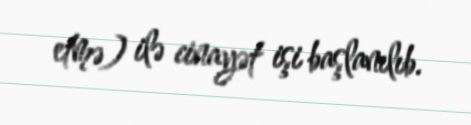
etmə) ilə cinayət işi başlanılıb.